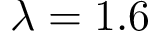
\lambda = 1 . 6